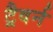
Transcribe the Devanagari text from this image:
ट्रैवर्न